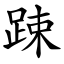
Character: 踈